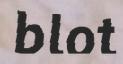
blot